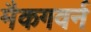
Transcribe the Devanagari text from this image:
मैकगवर्न